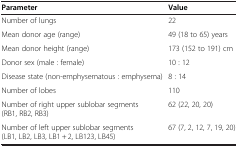
<table><thead><tr><td><b>Parameter</b></td><td><b>Value</b></td></tr></thead><tbody><tr><td>Number of lungs</td><td>22</td></tr><tr><td>Mean donor age (range)</td><td>49 (18 to 65) years</td></tr><tr><td>Mean donor height (range)</td><td>173 (152 to 191) cm</td></tr><tr><td>Donor sex (male : female)</td><td>10 : 12</td></tr><tr><td>Disease state (non-emphysematous : emphysema)</td><td>8 : 14</td></tr><tr><td>Number of lobes</td><td>110</td></tr><tr><td>Number of right upper sublobar segments (RB1, RB2, RB3)</td><td>62 (22, 20, 20)</td></tr><tr><td>Number of left upper sublobar segments (LB1, LB2, LB3, LB1 + 2, LB123, LB45)</td><td>67 (7, 2, 12, 7, 19, 20)</td></tr></tbody></table>